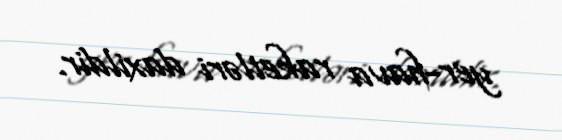
yer-hava raketləri daxildir.